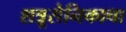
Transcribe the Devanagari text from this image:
शत्रूसैनिकाचा